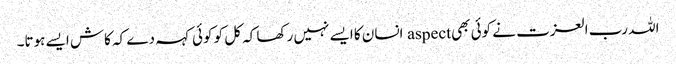
اللہ رب العزت نے کوئی بھی aspect انسان کا ایسے نہیں رکھا کہ کل کو کوئی کہہ دے کہ کاش ایسے ہوتا۔